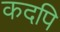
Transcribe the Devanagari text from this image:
कदपि